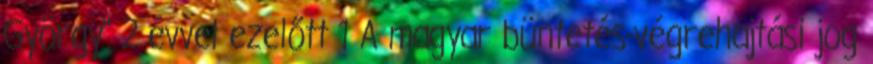
György" 2 évvel ezelőtt 1 A magyar büntetés-végrehajtási jog